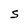
Character: S